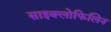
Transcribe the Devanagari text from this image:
साइक्लोफिलिन